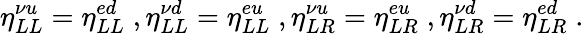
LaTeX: \eta_{LL}^{\nu u}=\eta_{LL}^{ed}\; ,\eta_{LL}^{\nu d}=\eta_{LL}^{eu}\; ,\eta_{LR}^{\nu u}=\eta_{LR}^{eu}\; ,\eta_{LR}^{\nu d}=\eta_{LR}^{ed}\; .